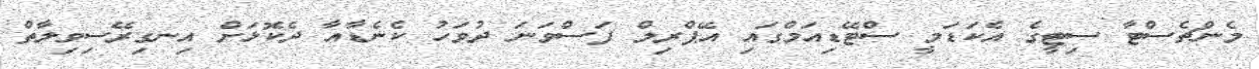
މެންޗެސްޓާ ސިޓީގެ އެކަޑަމީ ސްޓޭޑިއަމްގައި އޭޕްރިލް ފަސްވަނަ ދުވަހު ކެނެޑާއާ ދެކޮޅަށް އިނގިރޭސިވިލާތް